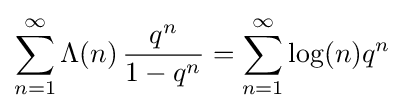
\sum _{n=1}^{\infty }\Lambda (n)\,{\frac {q^{n}}{1-q^{n}}}=\sum _{n=1}^{\infty }\log(n)q^{n}